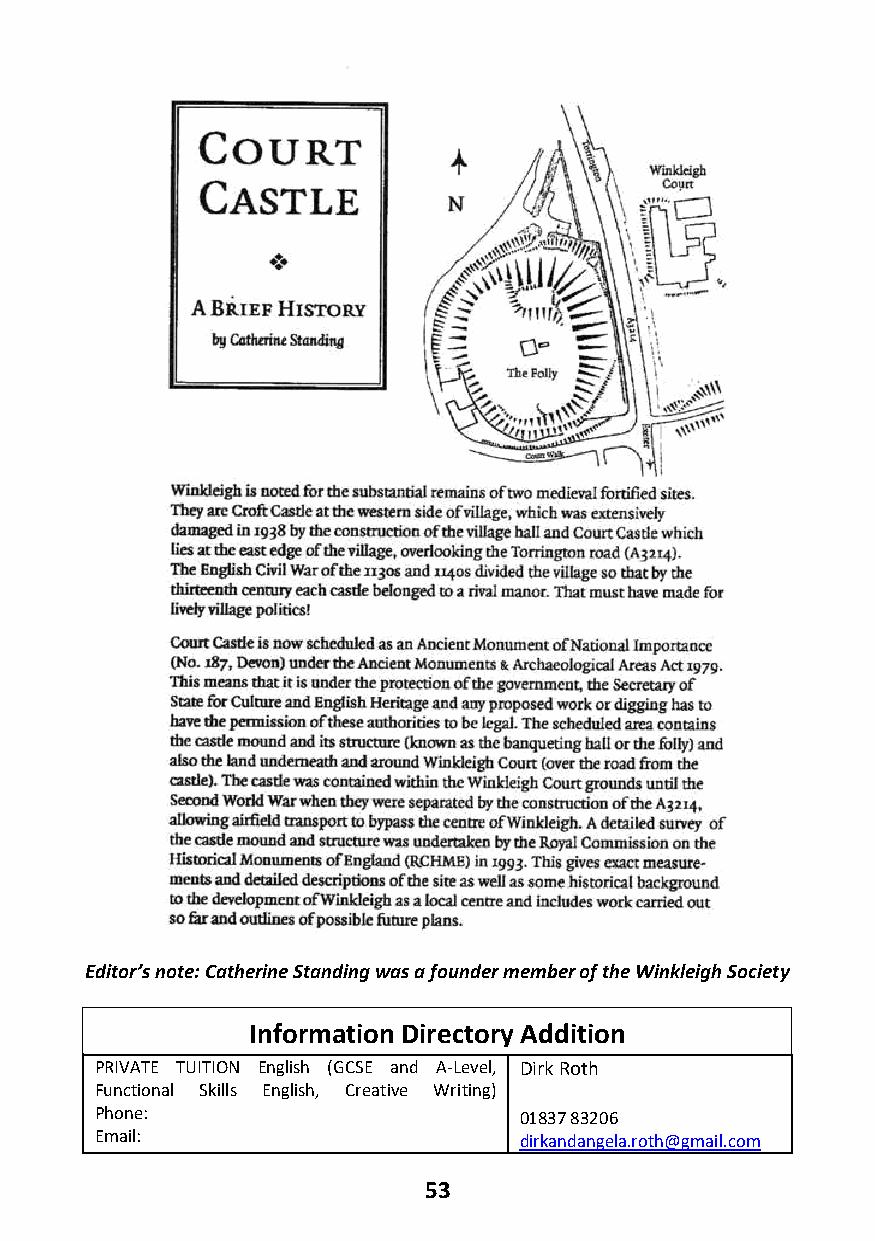
Editor’s note: Catherine Standing was a founder member of the Winkleigh Society
 Information Directory Addition
 PRIVATE TUITION English (GCSE and A-Level, Dirk Roth
 Functional Skills English, Creative Writing)
 Phone:                      01837 83206
 Email:                      dirkandangela.roth@gmail.com
 53